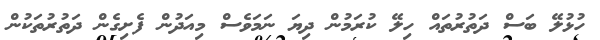
ހުޅުލޭ ބަސް ދަތުރުތައް ހިލޭ ކުރަމުން ދިޔަ ނަމަވެސް މިއަދުން ފެށިގެން ދަތުރުތަކުން